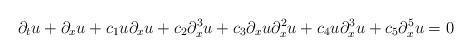
LaTeX: \begin{align*} \partial_tu + \partial_xu + c_1u\partial_xu + c_2\partial_x^3u+ c_3\partial_xu\partial_x^2u + c_4u\partial_x^3u + c_5\partial_x^5u = 0\end{align*}